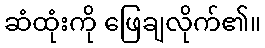
ဆံထုံးကို ဖြေချလိုက်၏။